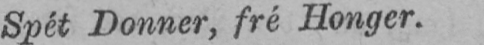
Spét Donner, fré Honger.